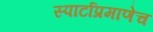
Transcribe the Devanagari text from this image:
स्पार्टाप्रमाणेच